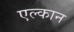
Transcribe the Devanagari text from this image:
एल्कान